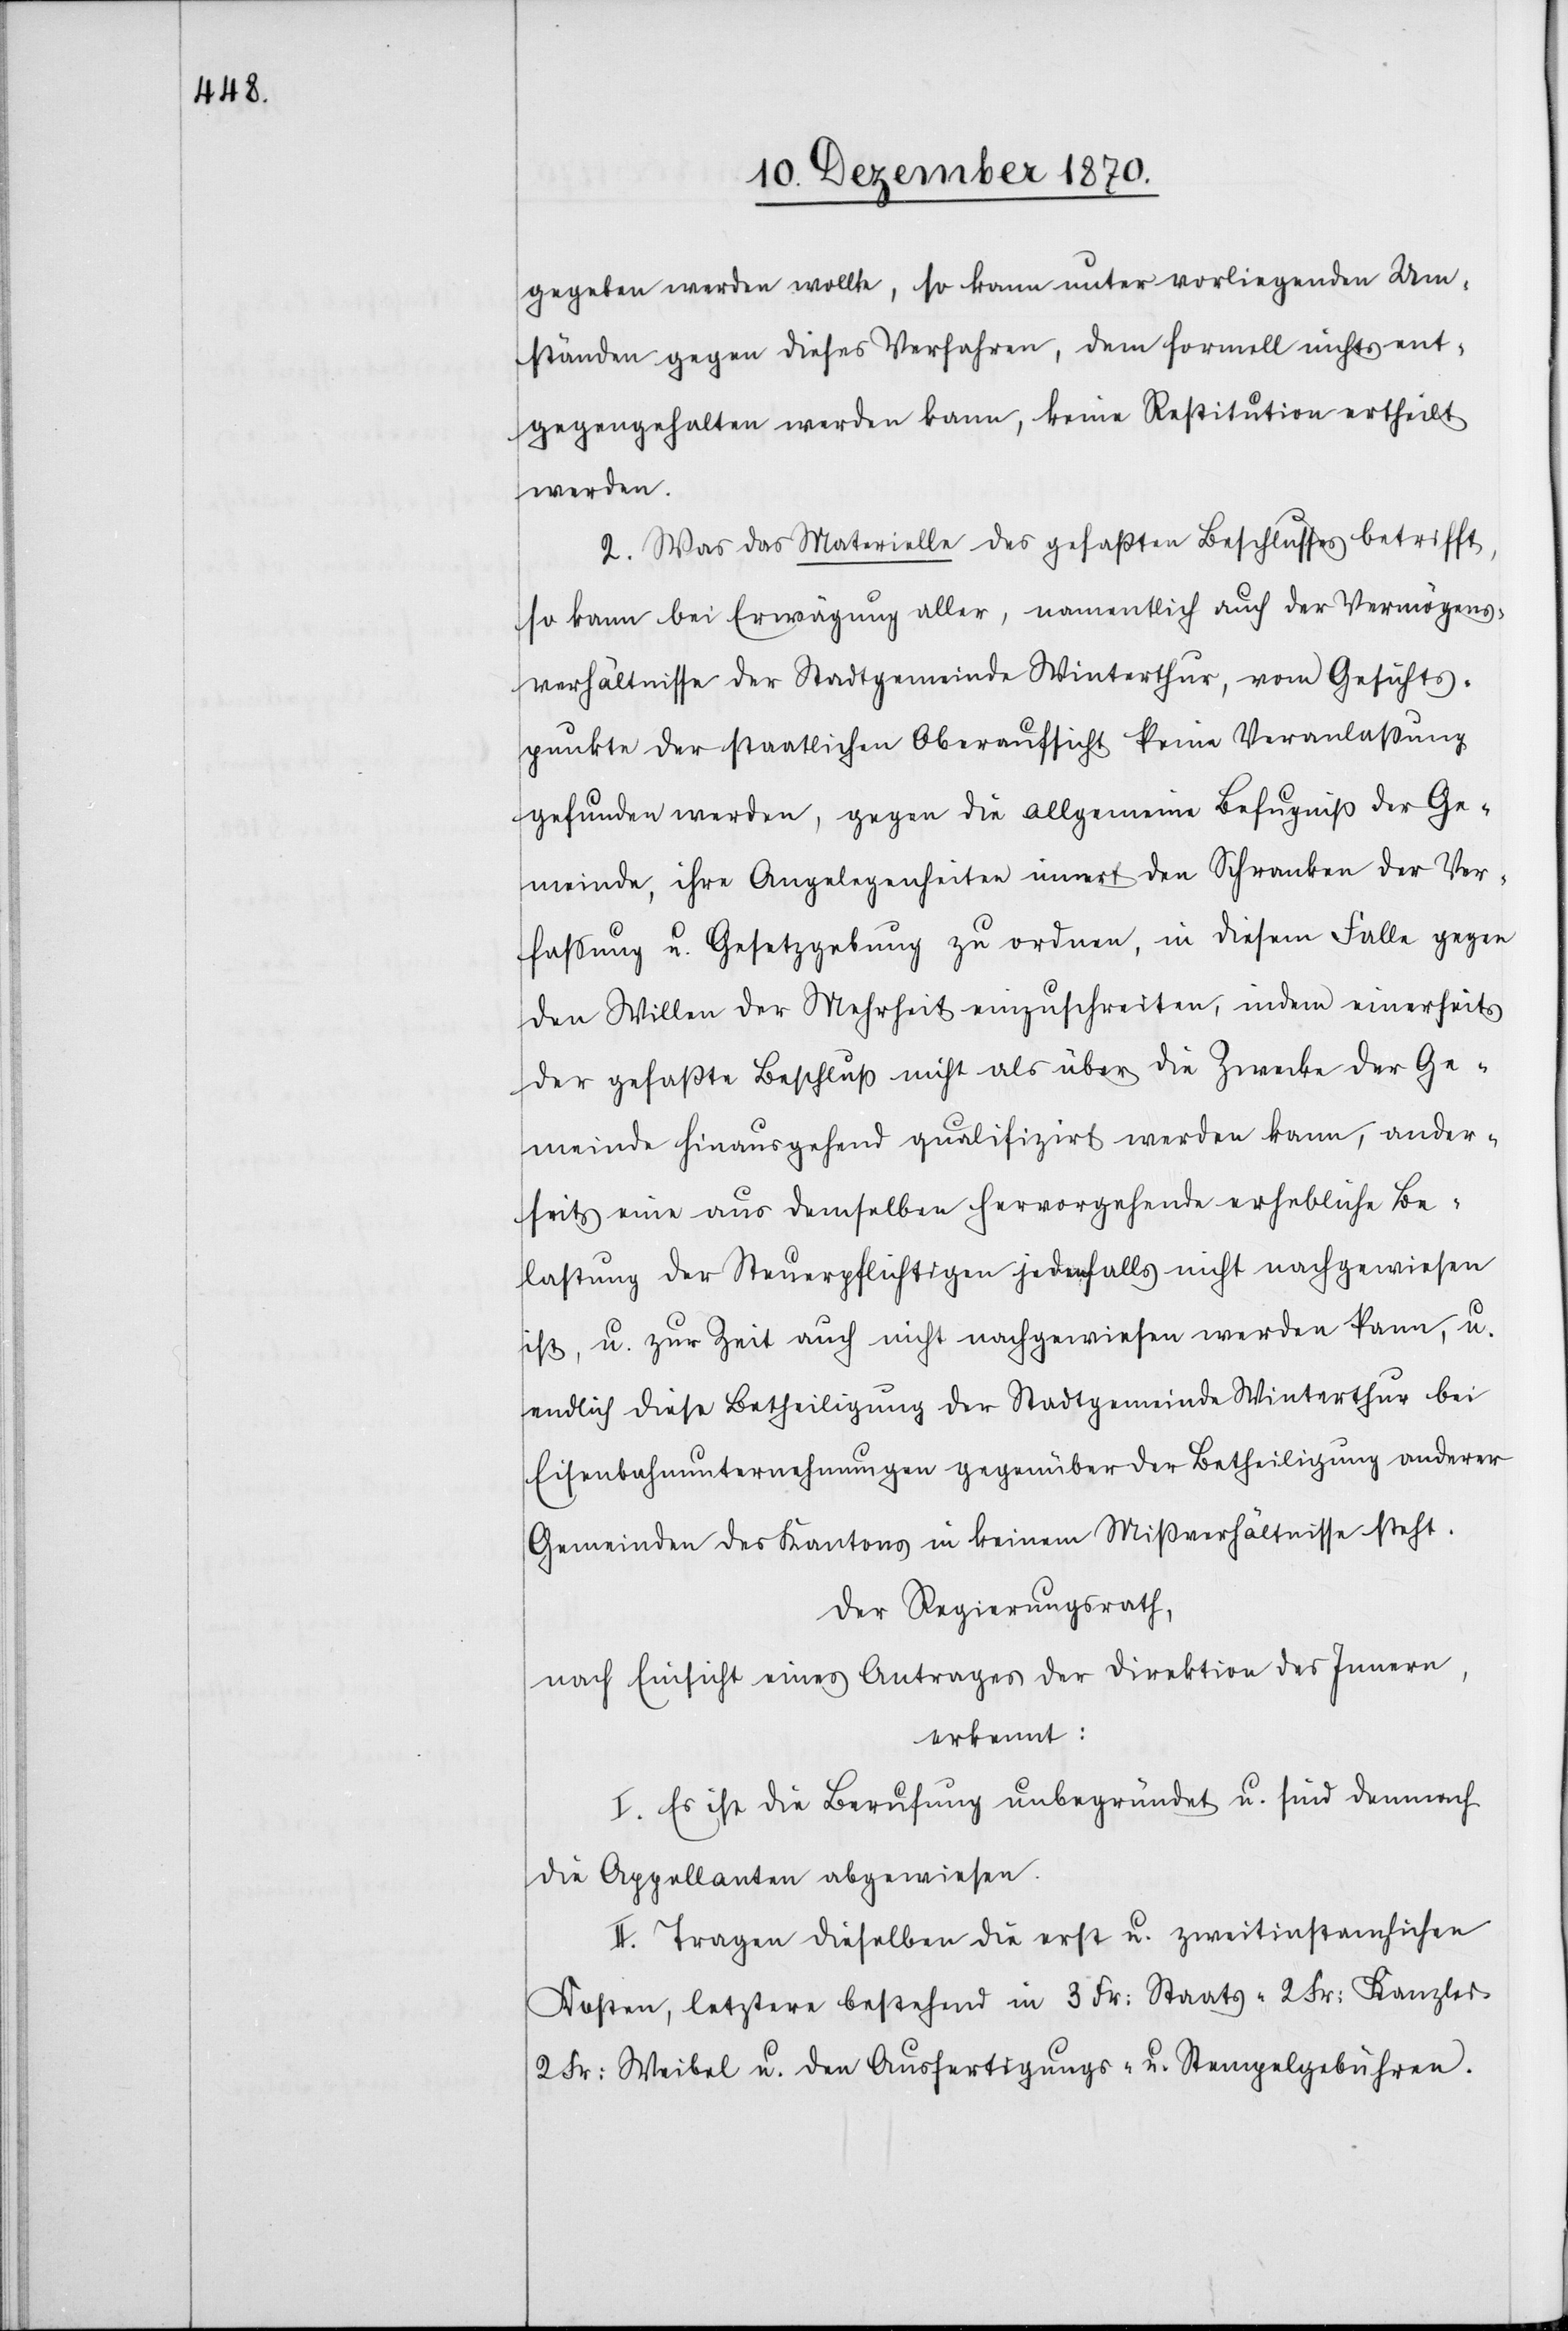
gegeben werden wollte, so kann unter vorliegenden Um¬
ständen gegen dieses Verfahren, dem formell nichts ent¬
gegengehalten werden kann, keine Restitution ertheilt
werden.
2. Was das Materielle des gefaßten Beschlusses betrifft,
so kann bei Erwägung aller, namentlich auch der Vermögens¬
verhältnisse der Stadtgemeinde Winterthur, vom Gesichts¬
punkte der staatlichen Oberaufsicht keine Veranlaßung
gefunden werden, gegen die allgemeine Befugniß der Ge¬
meinde ihre Angelegenheiten innert den Schranken der Ver¬
faßung u. Gesetzgebung zu ordnen, in diesem Falle gegen
den Willen der Mehrheit einzuschreiten, indem einerseits
der gefaßte Beschluß nicht als über die Zwecke der Ge¬
meinde hinausgehend qualifizirt werden kann, ander¬
seits eine aus demselben hervorgehende erhebliche Be¬
lastung der Steuerpflichtigen jedenfalls nicht nachgewiesen
ist, u. zur Zeit auch nicht nachgewiesen werden kann, u.
endlich diese Betheiligung der Stadtgemeinde Winterthur bei
Eisenbahnunternehmungen gegenüber der Betheiligung anderer
Gemeinden des Kantons in keinem Mißverhältnisse steht.
Der Regierungsrath,
nach Einsicht eines Antrages der Direktion des Innern,
erkennt:
I. Es ist die Berufung unbegründet u. sind demnach
die Appellanten abgewiesen.
II. Tragen dieselben die erst u. zweitinstanzlichen
Kosten, letztere bestehend in 3 Fr: Staats-[,] 2 Fr: Kanzlei-[,]
2 Fr: Weibel[-] u. den Ausfertigungs- u Stempelgebühren.